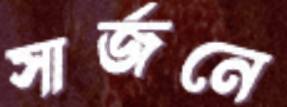
সার্জনে